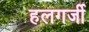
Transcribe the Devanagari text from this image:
हलगर्जी